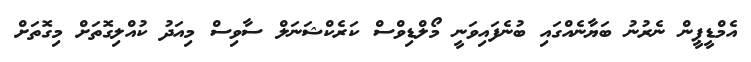
އެމްޑީޕީން ނެރުނު ބަޔާނެއްގައި ބުނެފައިވަނީ މޯލްޑިވްސް ކަރެކްޝަނަލް ސާވިސް މިއަދު ކުއްލިގޮތަށް މިގޮތަށް